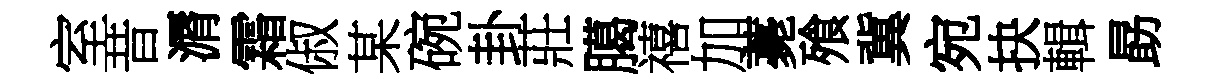
室昔漘霜俶某碗卦莊臈禧加薧飱冀宛抉輯勗